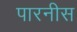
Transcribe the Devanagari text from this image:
पारनीस